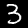
Digit: 3